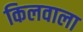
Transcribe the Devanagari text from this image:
किलवाला